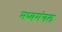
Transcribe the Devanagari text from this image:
मध्यमंगल